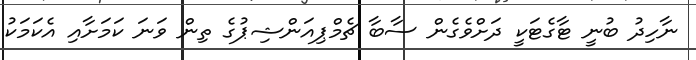
ނާހިދު ބުނީ ޓާގެޓަކީ ދަށްވެގެން ސާބާ ޗެމްޕިއަންޝިޕުގެ ތިން ވަނަ ކަމަށާއި އެކަމަކު